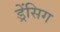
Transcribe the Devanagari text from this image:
ड्रेंसिग